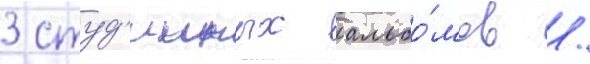
3 студ'ииных альбо́мов /